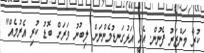
ކުރާ މަންޒަރު ފެނުން. އެއީ އަޅުގަނޑުމެންނަށް ލިބުނު ވަރަށް ބޮޑު ކުރި އެރުމެއް"